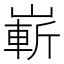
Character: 嶄